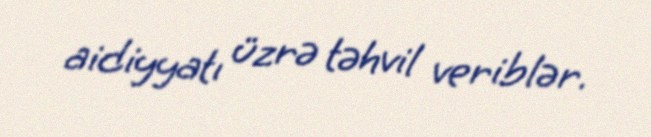
aidiyyatı üzrə təhvil veriblər.